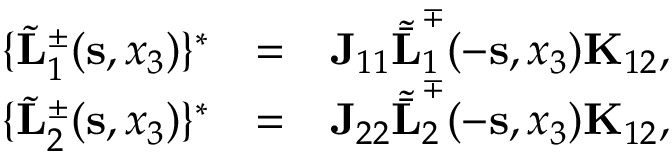
\begin{array} { r l r } { \{ \tilde { \bf L } _ { 1 } ^ { \pm } ( { \bf s } , x _ { 3 } ) \} ^ { * } } & { = } & { { \bf J } _ { 1 1 } { \tilde { \bar { \bf L } } } _ { 1 } ^ { \mp } ( - { \bf s } , x _ { 3 } ) { \bf K } _ { 1 2 } , } \\ { \{ \tilde { \bf L } _ { 2 } ^ { \pm } ( { \bf s } , x _ { 3 } ) \} ^ { * } } & { = } & { { \bf J } _ { 2 2 } { \tilde { \bar { \bf L } } } _ { 2 } ^ { \mp } ( - { \bf s } , x _ { 3 } ) { \bf K } _ { 1 2 } , } \end{array}